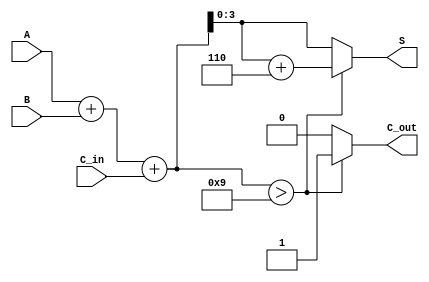
module BCD_Hybrid_Adder (
    input [3:0] A,      // BCD digit A
    input [3:0] B,      // BCD digit B
    input C_in,         // Carry-in
    output reg [3:0] S, // BCD sum output
    output reg C_out    // Carry-out
);

    wire [4:0] binary_sum;  // 5-bit to accommodate carry
    wire [4:0] corrected_sum; // 5-bit for corrected sum

    // Binary addition of A, B, and carry-in
    assign binary_sum = A + B + C_in;

    // BCD correction logic: check if binary_sum > 9
    always @(*) begin
        if (binary_sum > 9) begin
            corrected_sum = binary_sum + 6; // Add 6 for BCD correction
            S = corrected_sum[3:0];          // Take the lower 4 bits
            C_out = 1;                       // Set carry-out
        end else begin
            S = binary_sum[3:0];             // No correction needed
            C_out = 0;                       // No carry-out
        end
    end

endmodule